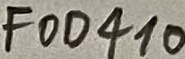
Text: FOD410